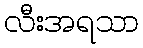
လီးအရသာ